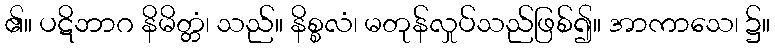
၏။ ပဋိဘာဂ နိမိတ္တံ၊ သည်။ နိစ္စလံ၊ မတုန်လှုပ်သည်ဖြစ်၍။ အာကာသေ၊ ၌။